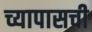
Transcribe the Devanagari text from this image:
च्यापासची